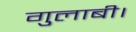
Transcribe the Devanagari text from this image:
गुलाबी।